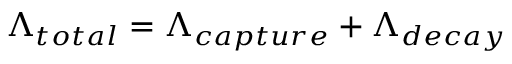
\Lambda _ { t o t a l } = \Lambda _ { c a p t u r e } + \Lambda _ { d e c a y }